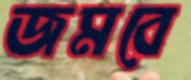
জমবে